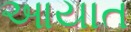
આયાત